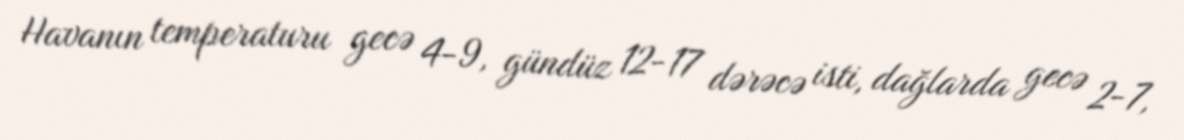
Havanın temperaturu gecə 4-9, gündüz 12-17 dərəcə isti, dağlarda gecə 2-7,